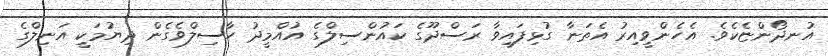
އުނދޯންޏެކެވެ. އެހެންވީއިރު އެތަނާ ގުޅިފައިވާ ރަސްދޫގެ ކައުންސިލްގެ އުއްމީދު ހާސިލްވެގެން ދިޔުމަކީ އަނިލްގެ